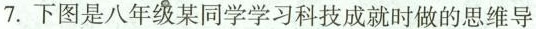
7. 下图是八年级某同学学习科技成就时做的思维导